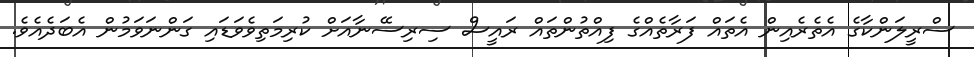
ސްރީލަންކާގެ އެތެރެއިން އެތައް ފަރާތެއްގެ ފިއްތުންތައް ރައީސް ސިރިސޭނާއަށް ކުރިމަތިވެވަޑައި ގަންނަވަމުން އެބަދެއެވެ.